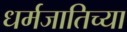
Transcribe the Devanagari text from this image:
धर्मजातिच्या